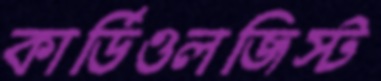
কার্ডিওলজিস্ট